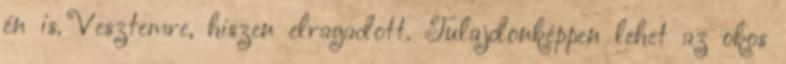
én is. Vesztemre, hiszen elragadott. Tulajdonképpen lehet az okos